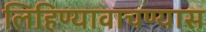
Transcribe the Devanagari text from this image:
लिहिण्यावाचण्यास